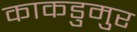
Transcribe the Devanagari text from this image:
काकडुमुर